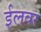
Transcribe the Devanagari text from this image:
ईलवर